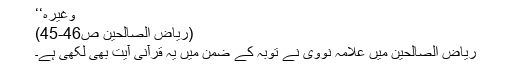
وغیرہ‘‘
(ریاض الصالحین ص46-45)
ریاض الصالحین میں علامہ نووی نے توبہ کے ضمن میں یہ قرآنی آیت بھی لکھی ہے۔